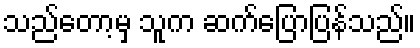
သည်တော့မှ သူက ဆက်ပြောပြန်သည်။